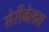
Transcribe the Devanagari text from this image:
सेरीबेलम